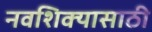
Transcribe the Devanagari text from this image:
नवशिक्यासाठी